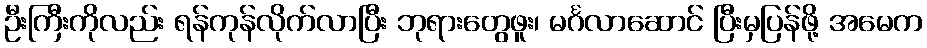
ဦးကြီးကိုလည်း ရန်ကုန်လိုက်လာပြီး ဘုရားတွေဖူး၊ မင်္ဂလာဆောင် ပြီးမှပြန်ဖို့ အမေက